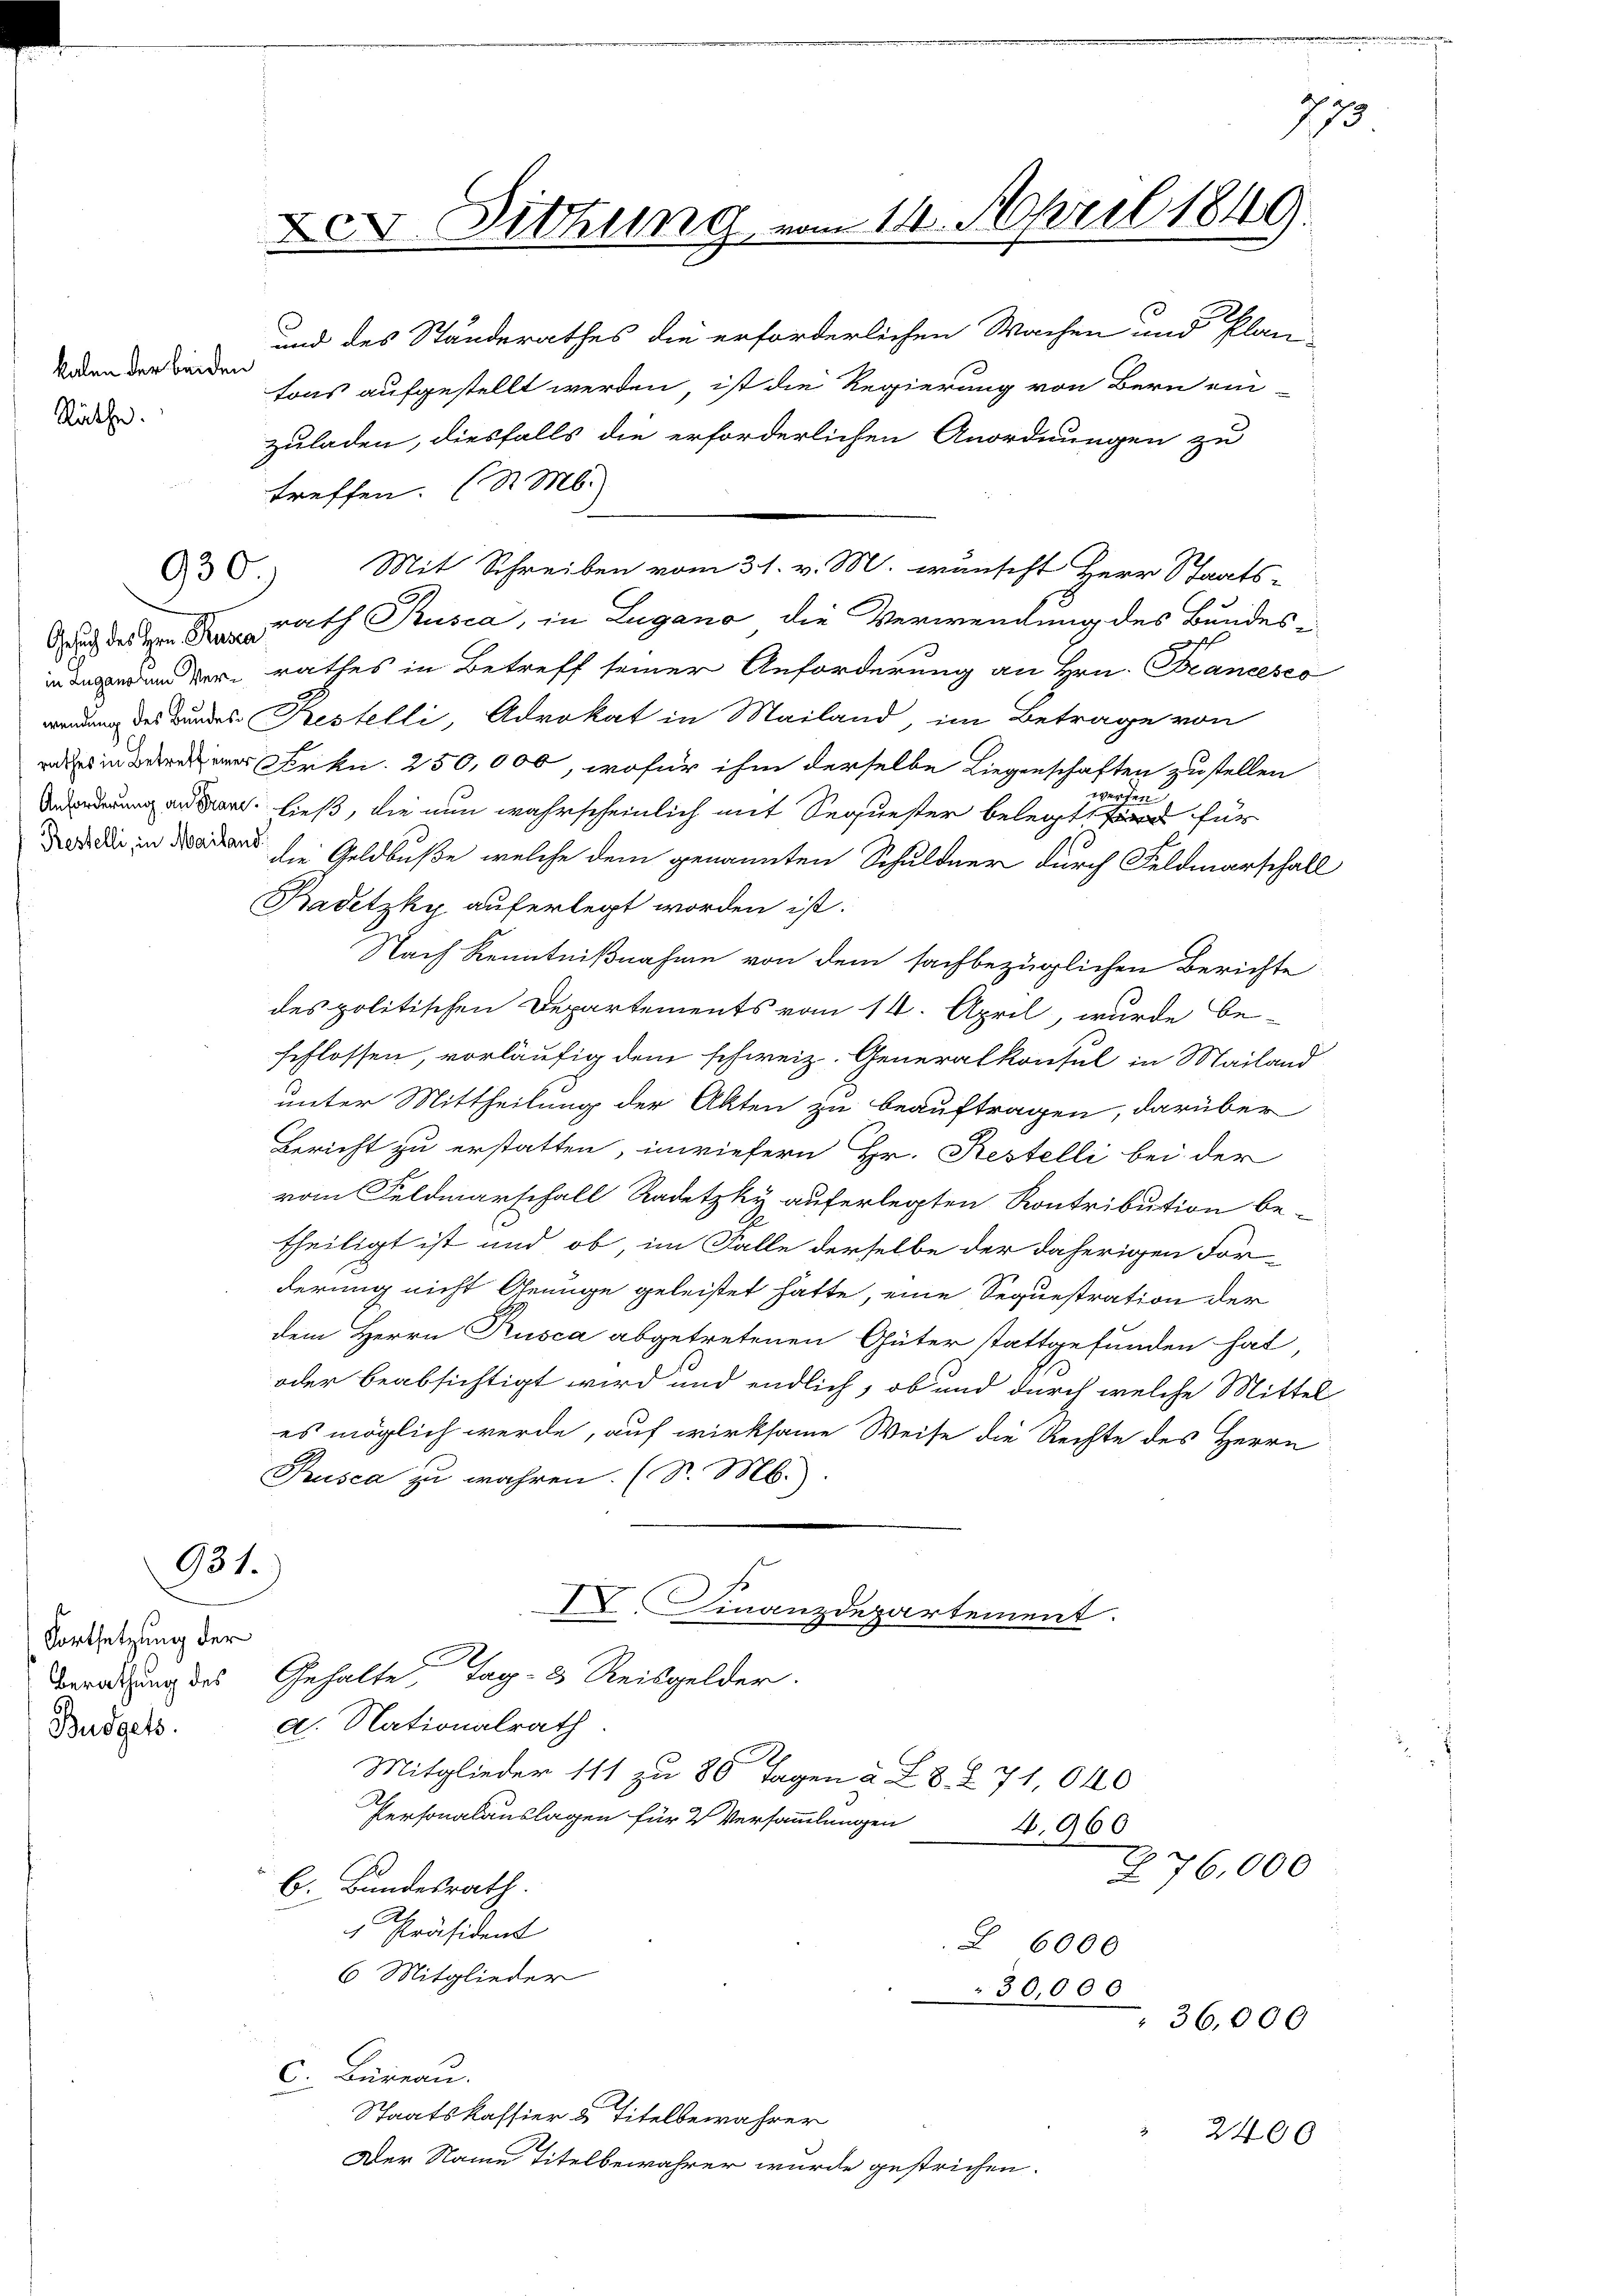
kalen der beiden
Räthe.

Fortsetzung der

930.

tons aufgestellt werden, ist die Regierung von Bern ein
zuladen, diesfalls die erforderlichen Anordnungen zu
treffen. (S. M.
Mit Schreiben vom 31. v. M. wünscht Herr Staats-
c des rath Rusca, in Lugano die Verwendung des Bundesg
nden der rathes in Betreff seiner Anforderung an Hrn. Brancesco
wendung des Bundes Restelli, Advokat in Mailand, im Betrage von
d in der Frkn. 250,000, wofür ihm derselbe Liegenschaften zustellen
werden
rung an der ließ, die nun wahrscheinlich mit Sequester belegt sind für
a die in den die Geldbuße, welche dem genannten Schuldner durch Feldmarschall
Badetzky auferlegt worden ist.
Nach Kenntnißnahme von dem sachbezüglichen Berichte
des politischen Departements vom 14. April, wurde be-
schlossen, vorläufig dem schweiz. Generalkonsul in Mailand
unter Mittheilung der Akten zu beauftragen, darüber
Bericht zu erstatten, inwiefern Hr. Restelli bei der
vom Feldmarschall Radetzky auferlegten Kontribution be-
theiligt ist und ob, im Falle derselbe der daherigen For-
derung nicht Genüge geleistet hatte, eine Sequestration der
dem Herrn Rusca abgetretenen Güter stattgefunden hat,
oder beabsichtigt wird und endlich, ob und durch welche Mittel
es möglich werde, auf wirksame Weise die Rechte des Herrn
Pusca zu wahren. (S. M.
931.
IV. Finanzdepartement.
F
Beratung des Gehalte, Tag - 2 Reisgelder.
Budock. d. Nationalrath.
Mitglieder 111 zu 80 Tagen a. Z. 8. Z. 71, 640
Personalauslagen für 2 Versammlungen
4. 960.
2
76,000
b. Bundesrath.
 Präsident
 6000
6 Mitglieder
30,000
36,000
C. Büreau.
Staatskassier u Titelbewahrer
2400
Der Name Titelbewahrer wurde gestrichen.

X.V. Sitzung vom 14. April 1849.

und des Ständerathes die erforderlichen Wachen und Plan

773